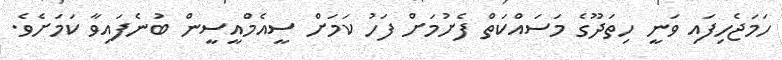
ހަމަޖެހިފައި ވަނީ ހިތަދޫގެ މަސައްކަތް ފެށުމަށް ފަހު ކަމަށް ސީއެމްއީސީން ބުނެފައިވާ ކަމަށެވެ.